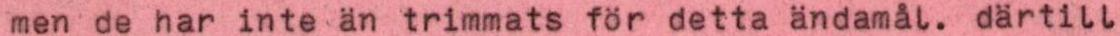
men de har inte än trimmats för detta ändamål. därtill